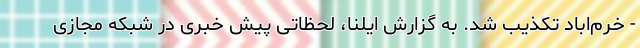
- خرم‌اباد تکذیب شد. به گزارش ایلنا، لحظاتی پیش خبری در شبکه مجازی